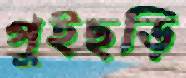
পুইছড়ি